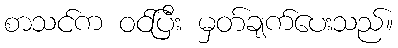
စာသင်က ဝင်ပြီး မှတ်ချက်ပေးသည်။